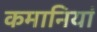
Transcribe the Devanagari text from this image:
कमानियां